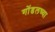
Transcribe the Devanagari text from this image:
गोंडलच्या